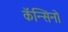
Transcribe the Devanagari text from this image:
कॅन्सिनो